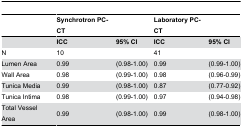
|  | Synchrotron PC-CT |  | Laboratory PC-CT |  |
 | --- | --- | --- | --- | --- |
 |  | ICC | 95% CI | ICC | 95% CI |
 | N | 10 |  | 41 |  |
 | Lumen Area | 0.99 | (0.98-1.00) | 0.99 | (0.99-1.00) |
 | Wall Area | 0.98 | (0.99-1.00) | 0.98 | (0.96-0.99) |
 | Tunica Media | 0.99 | (0.98-1.00) | 0.87 | (0.77-0.92) |
 | Tunica Intima | 0.98 | (0.99-1.00) | 0.97 | (0.94-0.98) |
 | Total Vessel Area | 0.99 | (0.98-1.00) | 0.99 | (0.98-1.00) |